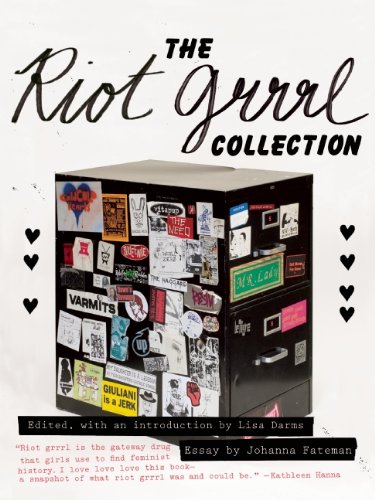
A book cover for The Riot Grrrl Collection; Arts & Photography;